Report on horse surra - Volume II, Part II
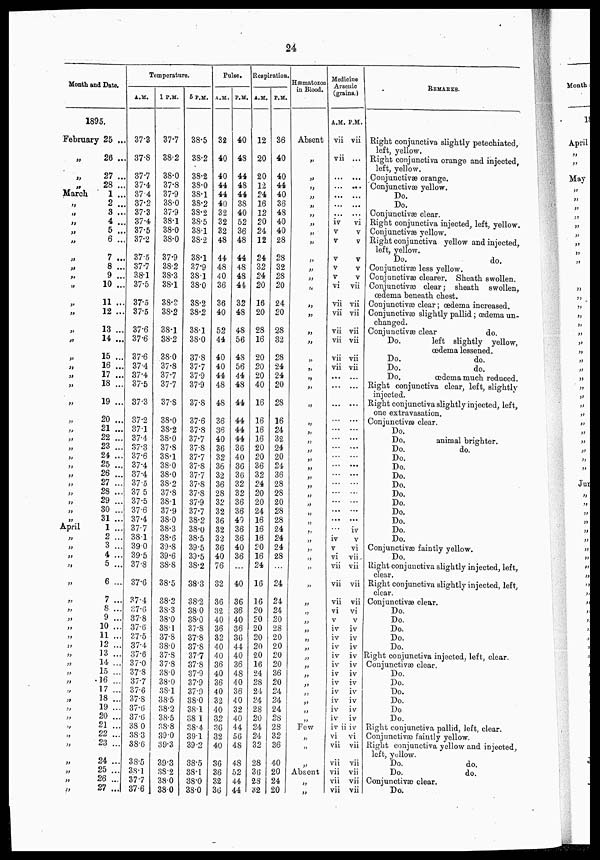
24
Month and Date.
1895.
February
„
„
„
March
„
„
„
„
„
„
„
„
„
„
„
„
„
„
„
„
„
„
„
„
„
„
„
„
„
„
„
„
„
„
April
„
„
„
„
„
„
„
„
„
„
„
„
„
„
„
„
„
„
„
„
„
„
„
„
„
„
25 ..
26 ..
27 ..
28 ..
1 ..
2 ..
3 ..
4 ..
5 ..
6 ..
7 ..
8 ..
9 ...
10 ..
11 ...
12 ...
13 ...
14 ...
15 ...
16 ...
17 ...
18 ...
19 ...
20 ...
21 ...
22 ...
23 ...
24 ...
25 ...
26 ...
27 ...
28 ...
29 ...
30 ...
31 ...
1 ...
2 ...
3 ...
4 ...
5 ...
6 ...
7 ...
8 ...
9 ...
10 ...
11 ...
12 ...
13 ...
14 ...
15 ...
16 ...
17 ...
18 ...
19 ...
20 ...
21 ...
22 ...
23 ...
24 ...
25 ...
26 ...
27 ...
Temperature.
A.M.
37.3
37.8
37.7
37.4
87.4
37.2
37.3
37.4
37.5
37.2
37.5
37.7
38.1
37.5
37.5
37.5
37.6
37.6
37.6
37.4
37.4
37.5
37.3
37.2
37.1
37.4
37.3
37.6
37.4
37.4
37.5
37 .5
37.5
37.6
37.4
37.7
38.1
39.0
39.5
37.8
37.6
37.4
37.6
37.8
37.6
37.5
37.4
37.6
37.0
37.8
37.7
37.6
37.8
37.6
37.6
38 .0
38.3
38.6
38.5
38.1
37.7
37.6
1 P.M.
37.7
38.2
38.0
37.8
37.9
38.0
37.9
38.1
38.0
38.0
37.9
38.2
38.3
38.1
38.2
38.2
38.1
38.2
38.0
37.8
37.7
37.7
37.8
38.0
38.2
38.0
37.8
38.1
38.0
38.0
38.2
37.8
38.1
37.9
38.0
38.3
38.6
39.8
39.6
38.8
38.5
38.2
38.3
38.0
38.1
37.8
38.0
37.8
37.8
38.0
38.0
38.1
38.5
38.2
38.5
38.8
39.0
39.3
39.3
38.2
38.0
38.0
6 P.M.
38.5
38.2
38.2
38.0
38.1
38.2
38.2
38.5
38.1
38.2
38.1
37.9
38.1
38.0
38.2
38.2
38.1
38.0
37.8
37.7
37.9
37.9
37.8
37.6
37.8
37.7
37.8
37.7
37.8
37.7
37.8
37.8
37.9
37.7
38.2
38.0
38.5
39.5
39.5
38.2
38.3
38.2
38.0
38.0
37.8
37.8
37.8
37.7
37.8
37.9
37.9
37.9
38.0
38.1
38. 1
38.4
39.1
39.2
38.5
38.1
38.0
38.0
Pulse.
A.M.
32
40
40
44
44
40
32
32
32
48
44
48
40
36
36
40
52
44
40
40
44
48
48
36
36
40
36
32
36
32
36
28
32
32
36
32
32
36
40
76
32
36
32
40
36
32
40
40
36
40
36
40
32
40
32
36
32
40
36
36
32
36
P.M.
40
48
44
48
44
38
40
52
36
48
44
48
48
44
32
48
48
56
48
56
44
48
44
44
44
44
36
40
36
36
32
32
36
36
40
36
36
40
36
...
40
36
36
40
36
36
44
40
36
48
40
36
40
32
40
44
56
48
48
52
44
44
Respiration.
A.M.
12
20
20
12
24
16
12
20
24
12
24
32
24
20
16
20
28
16
20
20
20
40
16
16
16
16
20
20
36
32
24
20
20
24
16
16
16
20
16
24
16
16
20
20
20
20
20
20
16
24
28
24
24
28
20
24
24
32
28
36
28
32
P.M.
36
40
40
44
40
36
48
40
40
28
28
32
28
20
24
20
28
32
28
24
24
20
28
16
24
32
24
20
24
36
28
2S
20
28
28
24
24
24
28
24
24
24
20
28
20
20
20
20
36
20
24
24
24
28
28
32
36
40
20
24
20
Hæmatozoa
in Blood.
Absent
„
„
„
„
„
„
„
„
„
„
„
„
„
„
„
„
„
„
„
„
„
„
„
„
„
„
„
„
„
„
„
„
„
„
„
„
„
„
„
„
„
„
„
„
„
„
„
„
„
„
„
„
„
„
„
„
„
„
„
„
„
Medicine
Arsenic
(grains.)
A.M.
vii
vii
...
iv
v
v
v
V
v
vi
vii
vii
vii
vii
vii
vii
iv
v
vi
vii
vii
vii
vi
v
iv
iv
iv
iv
iv
iv
iv
iv
iv
iv
iv
iv
vi
vii
vii
vii
vii
vii
P.M.
vii
...
..
.....
,...
,..
...
vi
v
v
v
V
v
vii
vii
vii
vii
vii
vii
vii
...
..
...
...
...
...
..
..
...
..
..
..
...
..
..
iv
v
vi
vii
vii
vii
vii
vi
v
iv
iv
iv
iv
iv
iv
iv
iv
iv
iv
iv
ii iv
vi
vii
vii
vii
vii
vii
REMARKS.
Right conjunctiva slightly petechiated.
left, yellow.
Right conjunctiva orange and injected,
left, yellow.
Conjunctivæ orange.
Conjunctivæ yellow.
Do.
Do.
Conjunctivæ clear.
Right conjunctiva injected, left, yellow.
Conjunctivæ yellow.
Right conjunctiva yellow and injected,
left, yellow.
Do.
do.
Conjunctivæ less yellow.
Conjunctivæ clearer. Sheath swollen.
Conjunctivæ clear; sheath swollen,
oedema beneath chest.
Conjunctivæ clear; oedema increased.
Conjunctivæ slightly pallid;œdema un-
changed.
Conjunctivæ clear
do.
Do.
left slightly yellow,
oedema lessened.
Do.
do.
Do.
do.
Do.
oedema much reduced.
Right conjunctiva clear, left, slightly
injected.
Right conjunctiva slightly injected, left,
one extravasation.
Conjunctivæ clear.
Do.
Do.
animal brighter.
Do.
do.
Do.
Do.
Do.
Do.
Do.
Do.
Do.
Do.
Do.
Do.
Conjunctivæ faintly yellow.
Do.
Right conjunctivæ slightly injected, left,
clear.
Right conjunctiva slightly injected, left,
clear.
Conjunctivæ clear.
Do.
Do.
Do.
Do.
Do.
Right conjunctiva injected, left, clear.
Conjunctivæ clear.
Do.
Do.
Do.
Do.
Do.
Do.
Right conjunctiva pallid, left, clear.
Conjunctival faintly yellow.
Right conjunctiva yellow and injected,
left, yellow.
Do.
do.
Do.
do.
Conjunctivæ clear.
Do.